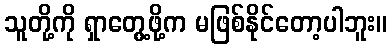
သူတို့ကို ရှာတွေ့ဖို့က မဖြစ်နိုင်တော့ပါဘူး။